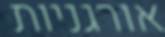
אורגניות